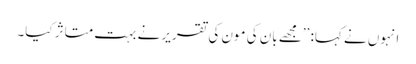
انہوں نے کہا: ’’مجھے بان کی مون کی تقریر نے بہت متاثر کیا۔